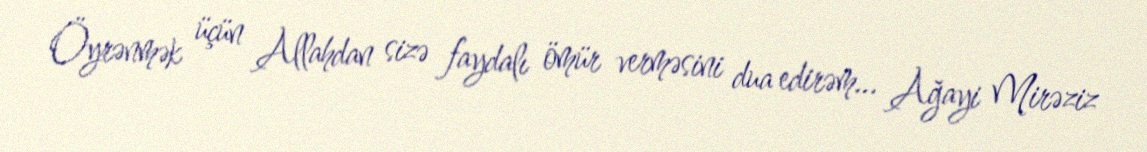
Öyrənmək üçün Allahdan sizə faydalı ömür verməsini dua edirəm... Ağayi Mirəziz